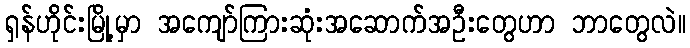
ရှန်ဟိုင်းမြို့မှာ အကျော်ကြားဆုံးအဆောက်အဦးတွေဟာ ဘာတွေလဲ။